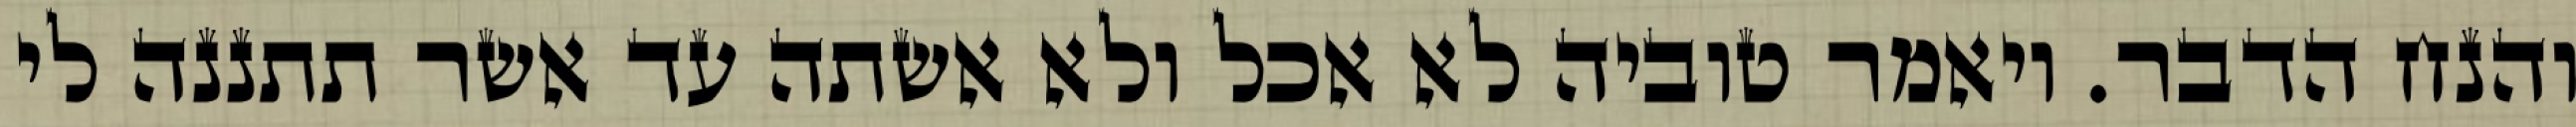
והנח הדבר. ויאמר טוביה לא אכל ולא אשתה עד אשר תתננה לי